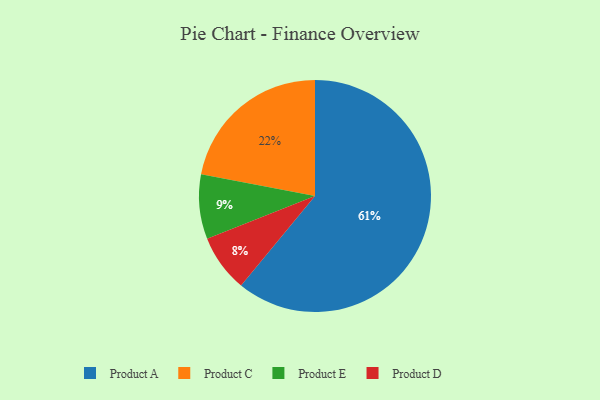
{"axis": {"x": "Category", "y": "Percentage"}, "legend": ["Product A", "Product C", "Product D", "Product E"], "data": [{"x": "Product E", "y": 9, "type": "Product E"}, {"x": "Product C", "y": 22, "type": "Product C"}, {"x": "Product D", "y": 8, "type": "Product D"}, {"x": "Product A", "y": 61, "type": "Product A"}]}